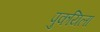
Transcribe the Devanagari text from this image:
पुकयिला